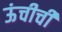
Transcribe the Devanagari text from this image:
ऊंचीची